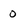
Character: 0